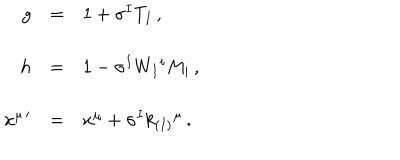
LaTeX: \begin{array} { r c l } { { g } } & { { = } } & { { 1 + \sigma ^ { I } T _ { I } \, , } } \\ { { } } & { { } } & { { } } \\ { { h } } & { { = } } & { { 1 - \sigma ^ { I } W _ { I } { } ^ { i } M _ { i } \, , } } \\ { { } } & { { } } & { { } } \\ { { x ^ { \mu \, \prime } } } & { { = } } & { { x ^ { \mu } + \sigma ^ { I } k _ { ( I ) } { } ^ { \mu } \, . } } \\ \end{array}